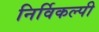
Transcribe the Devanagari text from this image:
निर्विकल्पी